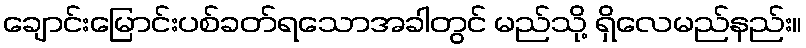
ချောင်းမြောင်းပစ်ခတ်ရသောအခါတွင် မည်သို့ ရှိလေမည်နည်း။